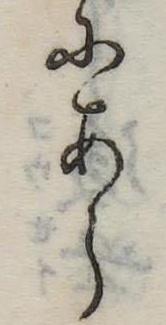
にあら